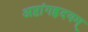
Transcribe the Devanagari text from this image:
अष्टांगह्रदयम्